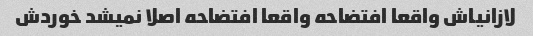
لازانیاش واقعا افتضاحه واقعا افتضاحه اصلا نمیشد خوردش